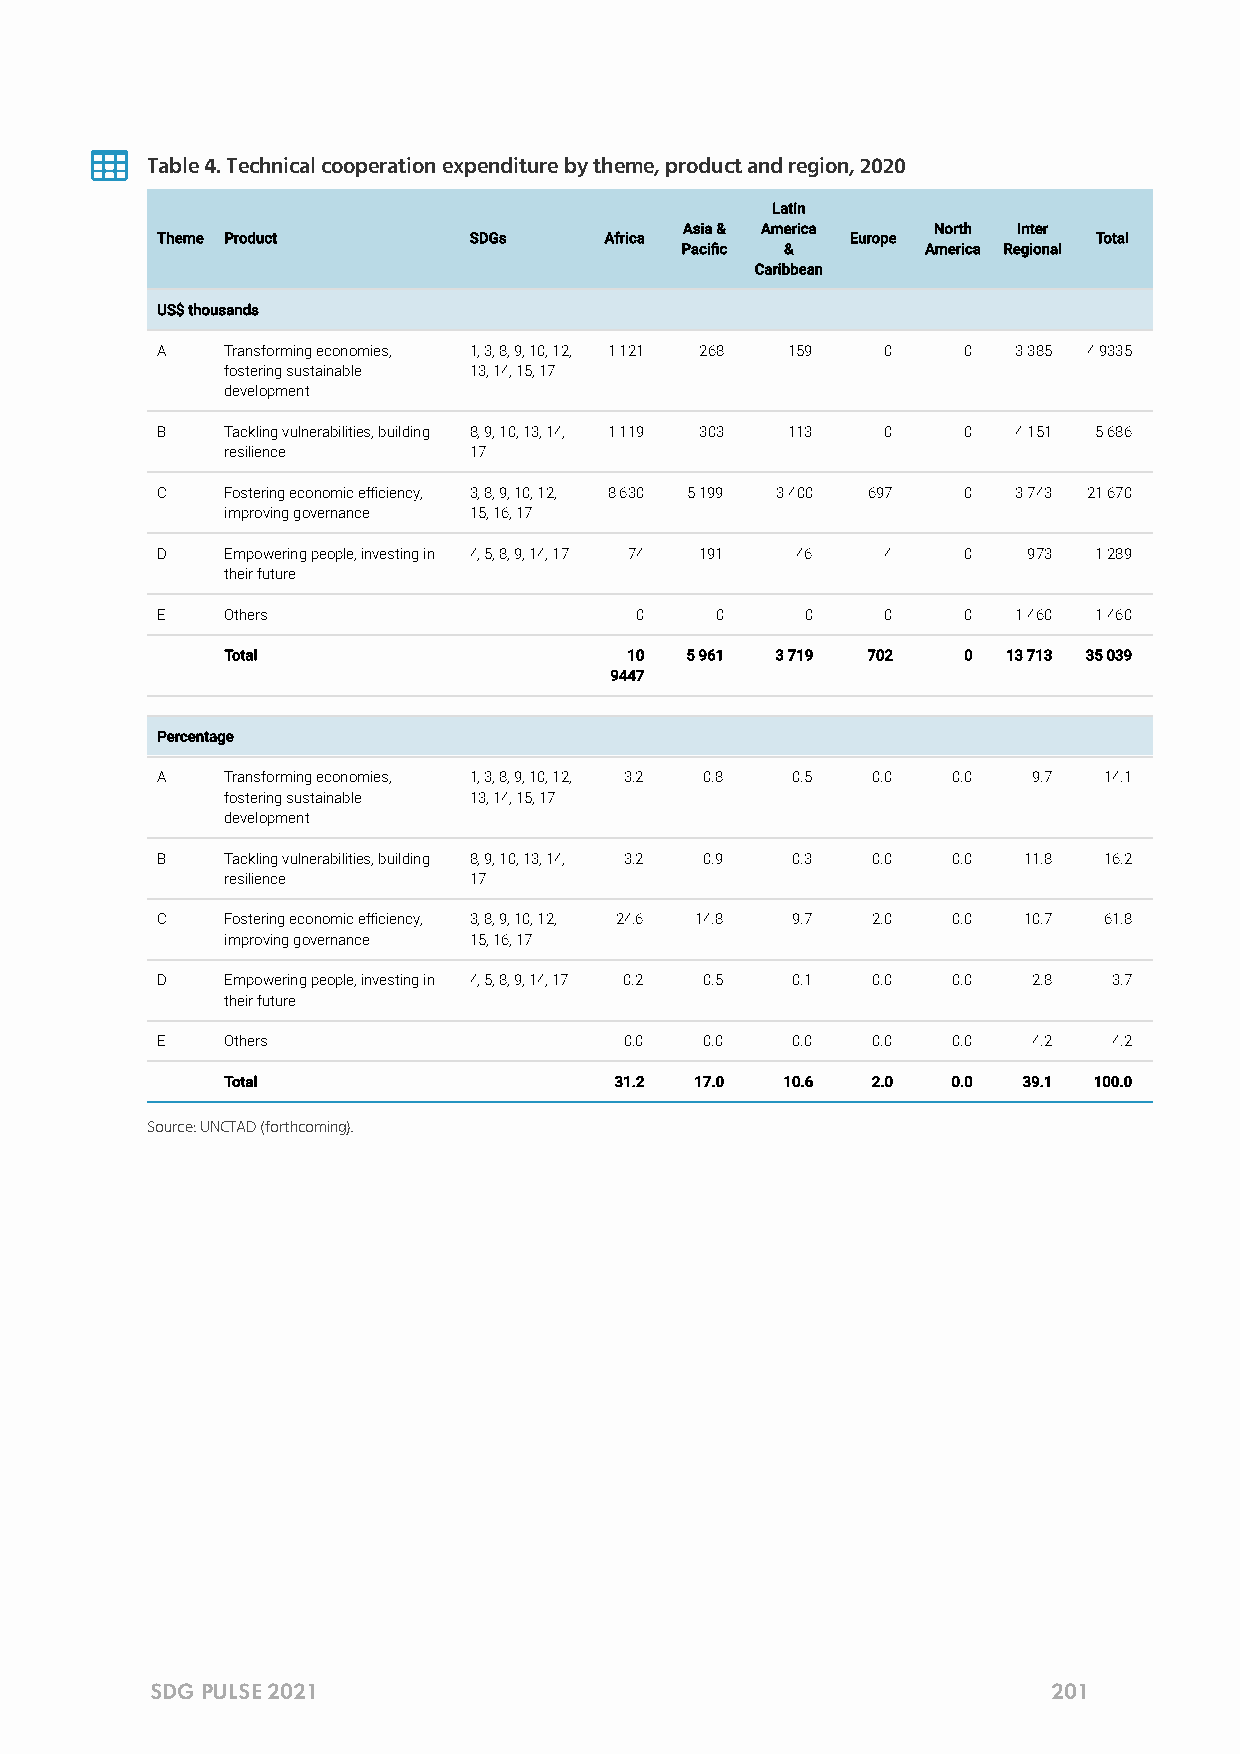

 Table 4. Technical cooperation expenditure by theme, product and region, 2020
 Latin
 Asia & America   North Inter
 Theme Product        SDGs     Africa          Europe           Total
 Pacic &        America Regional
 Caribbean
 US$ thousands
 A    Transforming economies, 1, 3, 8, 9, 10, 12, 1 121 268 159 0 0 3 385 4 9335
 fostering sustainable 13, 14, 15, 17
 development
 B    Tackling vulnerabilities, building 8, 9, 10, 13, 14, 1 119 303 113 0 0 4 151 5 686
 resilience      17
 C    Fostering economic eciency, 3, 8, 9, 10, 12, 8 630 5 199 3 400 697 0 3 743 21 670
 improving governance 15, 16, 17
 D    Empowering people, investing in 4, 5, 8, 9, 14, 17 74 191 46 4 0 973 1 289
 their future
 E    Others                     0    0     0     0    0  1 460 1 460
 Total                      10 5 961 3 719 702    0  13 713 35 039
 9447
 Percentage
 A    Transforming economies, 1, 3, 8, 9, 10, 12, 3.2 0.8 0.5 0.0 0.0 9.7 14.1
 fostering sustainable 13, 14, 15, 17
 development
 B    Tackling vulnerabilities, building 8, 9, 10, 13, 14, 3.2 0.9 0.3 0.0 0.0 11.8 16.2
 resilience      17
 C    Fostering economic eciency, 3, 8, 9, 10, 12, 24.6 14.8 9.7 2.0 0.0 10.7 61.8
 improving governance 15, 16, 17
 D    Empowering people, investing in 4, 5, 8, 9, 14, 17 0.2 0.5 0.1 0.0 0.0 2.8 3.7
 their future
 E    Others                    0.0   0.0  0.0   0.0  0.0  4.2   4.2
 Total                     31.2 17.0  10.6  2.0  0.0  39.1 100.0
 Source: UNCTAD (forthcoming).
 SDG PULSE 2021                                              201